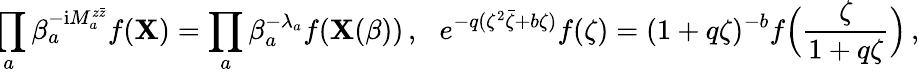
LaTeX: \! \! \prod_{a}\beta_{a}^{-\mathrm{i}M_{a}^{z\bar{z}}}f({\mathbf X})=\prod_{a}\beta_{a}^{-\lambda_{a}}f({\mathbf X}(\beta))\, ,\quad\! \! e^{-q(\zeta^{2}\bar{\zeta}+b\zeta)}f(\zeta)=(1+q\zeta)^{-b}f\Bigl(\frac{\zeta}{1+q\zeta}\Bigr)\, ,